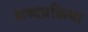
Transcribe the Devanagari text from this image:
शब्दप्रक्रिया